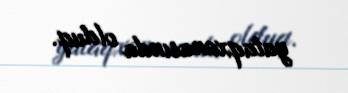
yataqxanasında olduq.